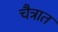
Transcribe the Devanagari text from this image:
चैत्रात